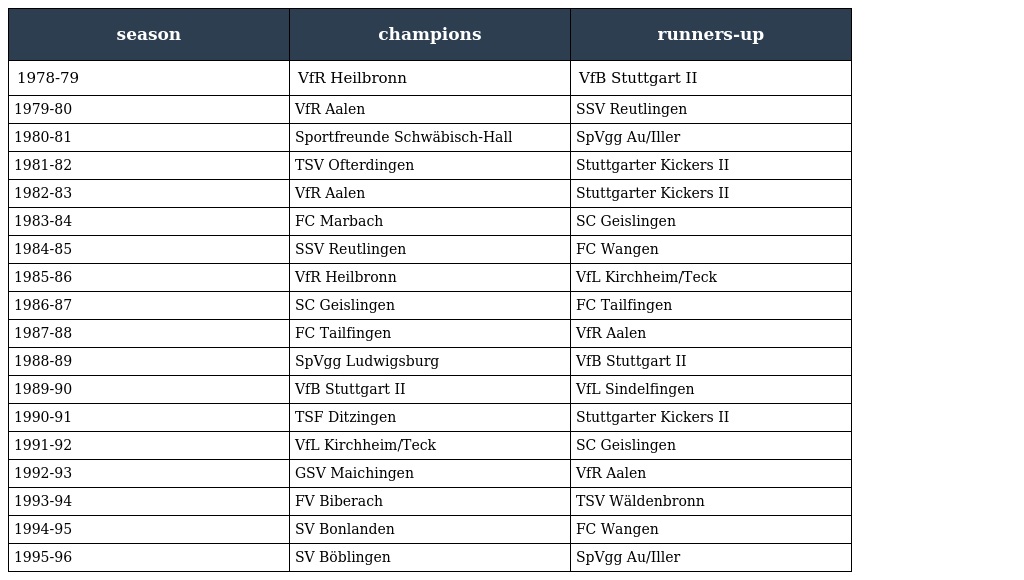
| season | champions | runners-up |
 | --- | --- | --- |
 | 1978-79 | VfR Heilbronn | VfB Stuttgart II |
 | 1979-80 | VfR Aalen | SSV Reutlingen |
 | 1980-81 | Sportfreunde Schwäbisch-Hall | SpVgg Au/Iller |
 | 1981-82 | TSV Ofterdingen | Stuttgarter Kickers II |
 | 1982-83 | VfR Aalen | Stuttgarter Kickers II |
 | 1983-84 | FC Marbach | SC Geislingen |
 | 1984-85 | SSV Reutlingen | FC Wangen |
 | 1985-86 | VfR Heilbronn | VfL Kirchheim/Teck |
 | 1986-87 | SC Geislingen | FC Tailfingen |
 | 1987-88 | FC Tailfingen | VfR Aalen |
 | 1988-89 | SpVgg Ludwigsburg | VfB Stuttgart II |
 | 1989-90 | VfB Stuttgart II | VfL Sindelfingen |
 | 1990-91 | TSF Ditzingen | Stuttgarter Kickers II |
 | 1991-92 | VfL Kirchheim/Teck | SC Geislingen |
 | 1992-93 | GSV Maichingen | VfR Aalen |
 | 1993-94 | FV Biberach | TSV Wäldenbronn |
 | 1994-95 | SV Bonlanden | FC Wangen |
 | 1995-96 | SV Böblingen | SpVgg Au/Iller |